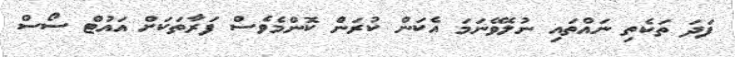
ފަދަ ތަކެތި ނައްތައި ނުލެވޭނަމަ އެކަން ކުރަން ކޮންމެވެސް ފަރާތަކަށް އައުޓް ސޯސް